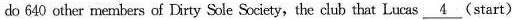
do 640 other members of Dirty Sole Society,the club that Lucas \underline{4}(start)